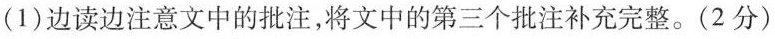
(1)边读边注意文中的批注，将文中的第三个批注补充完整。(2分)